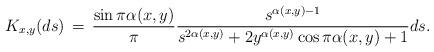
LaTeX: \begin{align*}K_{x,y}(ds) \, = \, \frac{\sin \pi \alpha(x,y)}{\pi} \frac{s^{\alpha(x,y) -1}}{s^{2\alpha(x,y)}+2y^{\alpha(x,y)} \cos \pi \alpha(x,y) +1}ds.\end{align*}